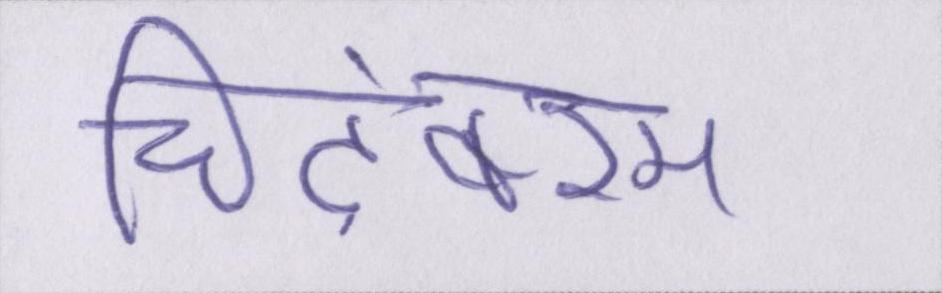
चिदंबरम